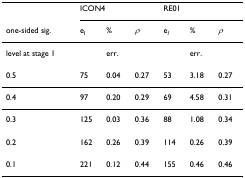
<table><thead><tr><td></td><td colspan="3"><b>ICON4</b></td><td colspan="3"><b>RE01</b></td></tr><tr><td><b>one-sided sig.</b></td><td><b>e<sub><i>I</i></sub></b></td><td><b>%</b></td><td><b><i>ρ</i></b></td><td><b>e<sub><i>I</i></sub></b></td><td><b>%</b></td><td><b><i>ρ</i></b></td></tr></thead><tbody><tr><td>level at stage 1</td><td></td><td>err.</td><td></td><td></td><td>err.</td><td></td></tr><tr><td>0.5</td><td>75</td><td>0.04</td><td>0.27</td><td>53</td><td>3.18</td><td>0.27</td></tr><tr><td>0.4</td><td>97</td><td>0.20</td><td>0.29</td><td>69</td><td>4.58</td><td>0.31</td></tr><tr><td>0.3</td><td>125</td><td>0.03</td><td>0.36</td><td>88</td><td>1.08</td><td>0.34</td></tr><tr><td>0.2</td><td>162</td><td>0.26</td><td>0.39</td><td>114</td><td>0.26</td><td>0.39</td></tr><tr><td>0.1</td><td>221</td><td>0.12</td><td>0.44</td><td>155</td><td>0.46</td><td>0.46</td></tr></tbody></table>